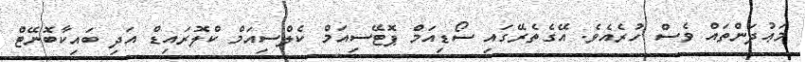
މަޢުދަންތައް ވެސް ހުރެއެވެ. އޭގެތެރޭގައި ސޯޑިއަމް ޕޮޓޭސިއަމް ކެލްސިއަމް ކްލޮރައިޑް އަދި ބައިކާބޮނޭޓް